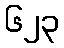
၆၂၃